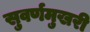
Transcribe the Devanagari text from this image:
सुवर्णमुखरी